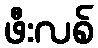
ဖီးလစ်